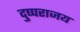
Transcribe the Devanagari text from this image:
दु्ष्पराजय